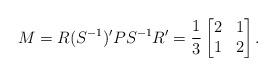
LaTeX: \begin{align*}M=R(S^{-1})'PS^{-1}R'=\frac{1}{3}\begin{bmatrix} 2&1 \\ 1 &2\end{bmatrix}.\end{align*}